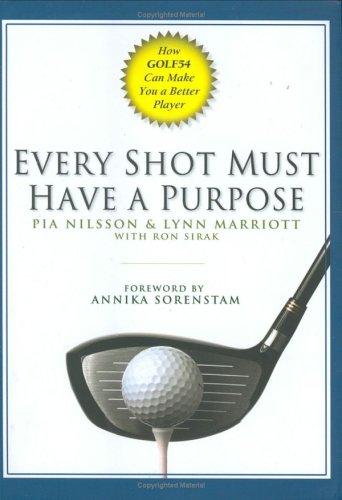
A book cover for Every Shot Must Have a Purpose: How GOLF54 Can Make You a Better Player; Pia Nilsson; Sports & Outdoors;